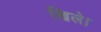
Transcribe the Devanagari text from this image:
खिले।